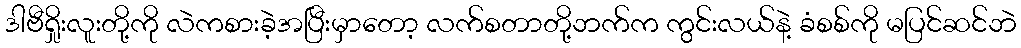
ဒါဗီရှိုးလူးတို့ကို လဲကစားခဲ့အပြီးမှာတော့ လက်စတာတို့ဘက်က ကွင်းလယ်နဲ့ ခံစစ်ကို မပြင်ဆင်ဘဲ